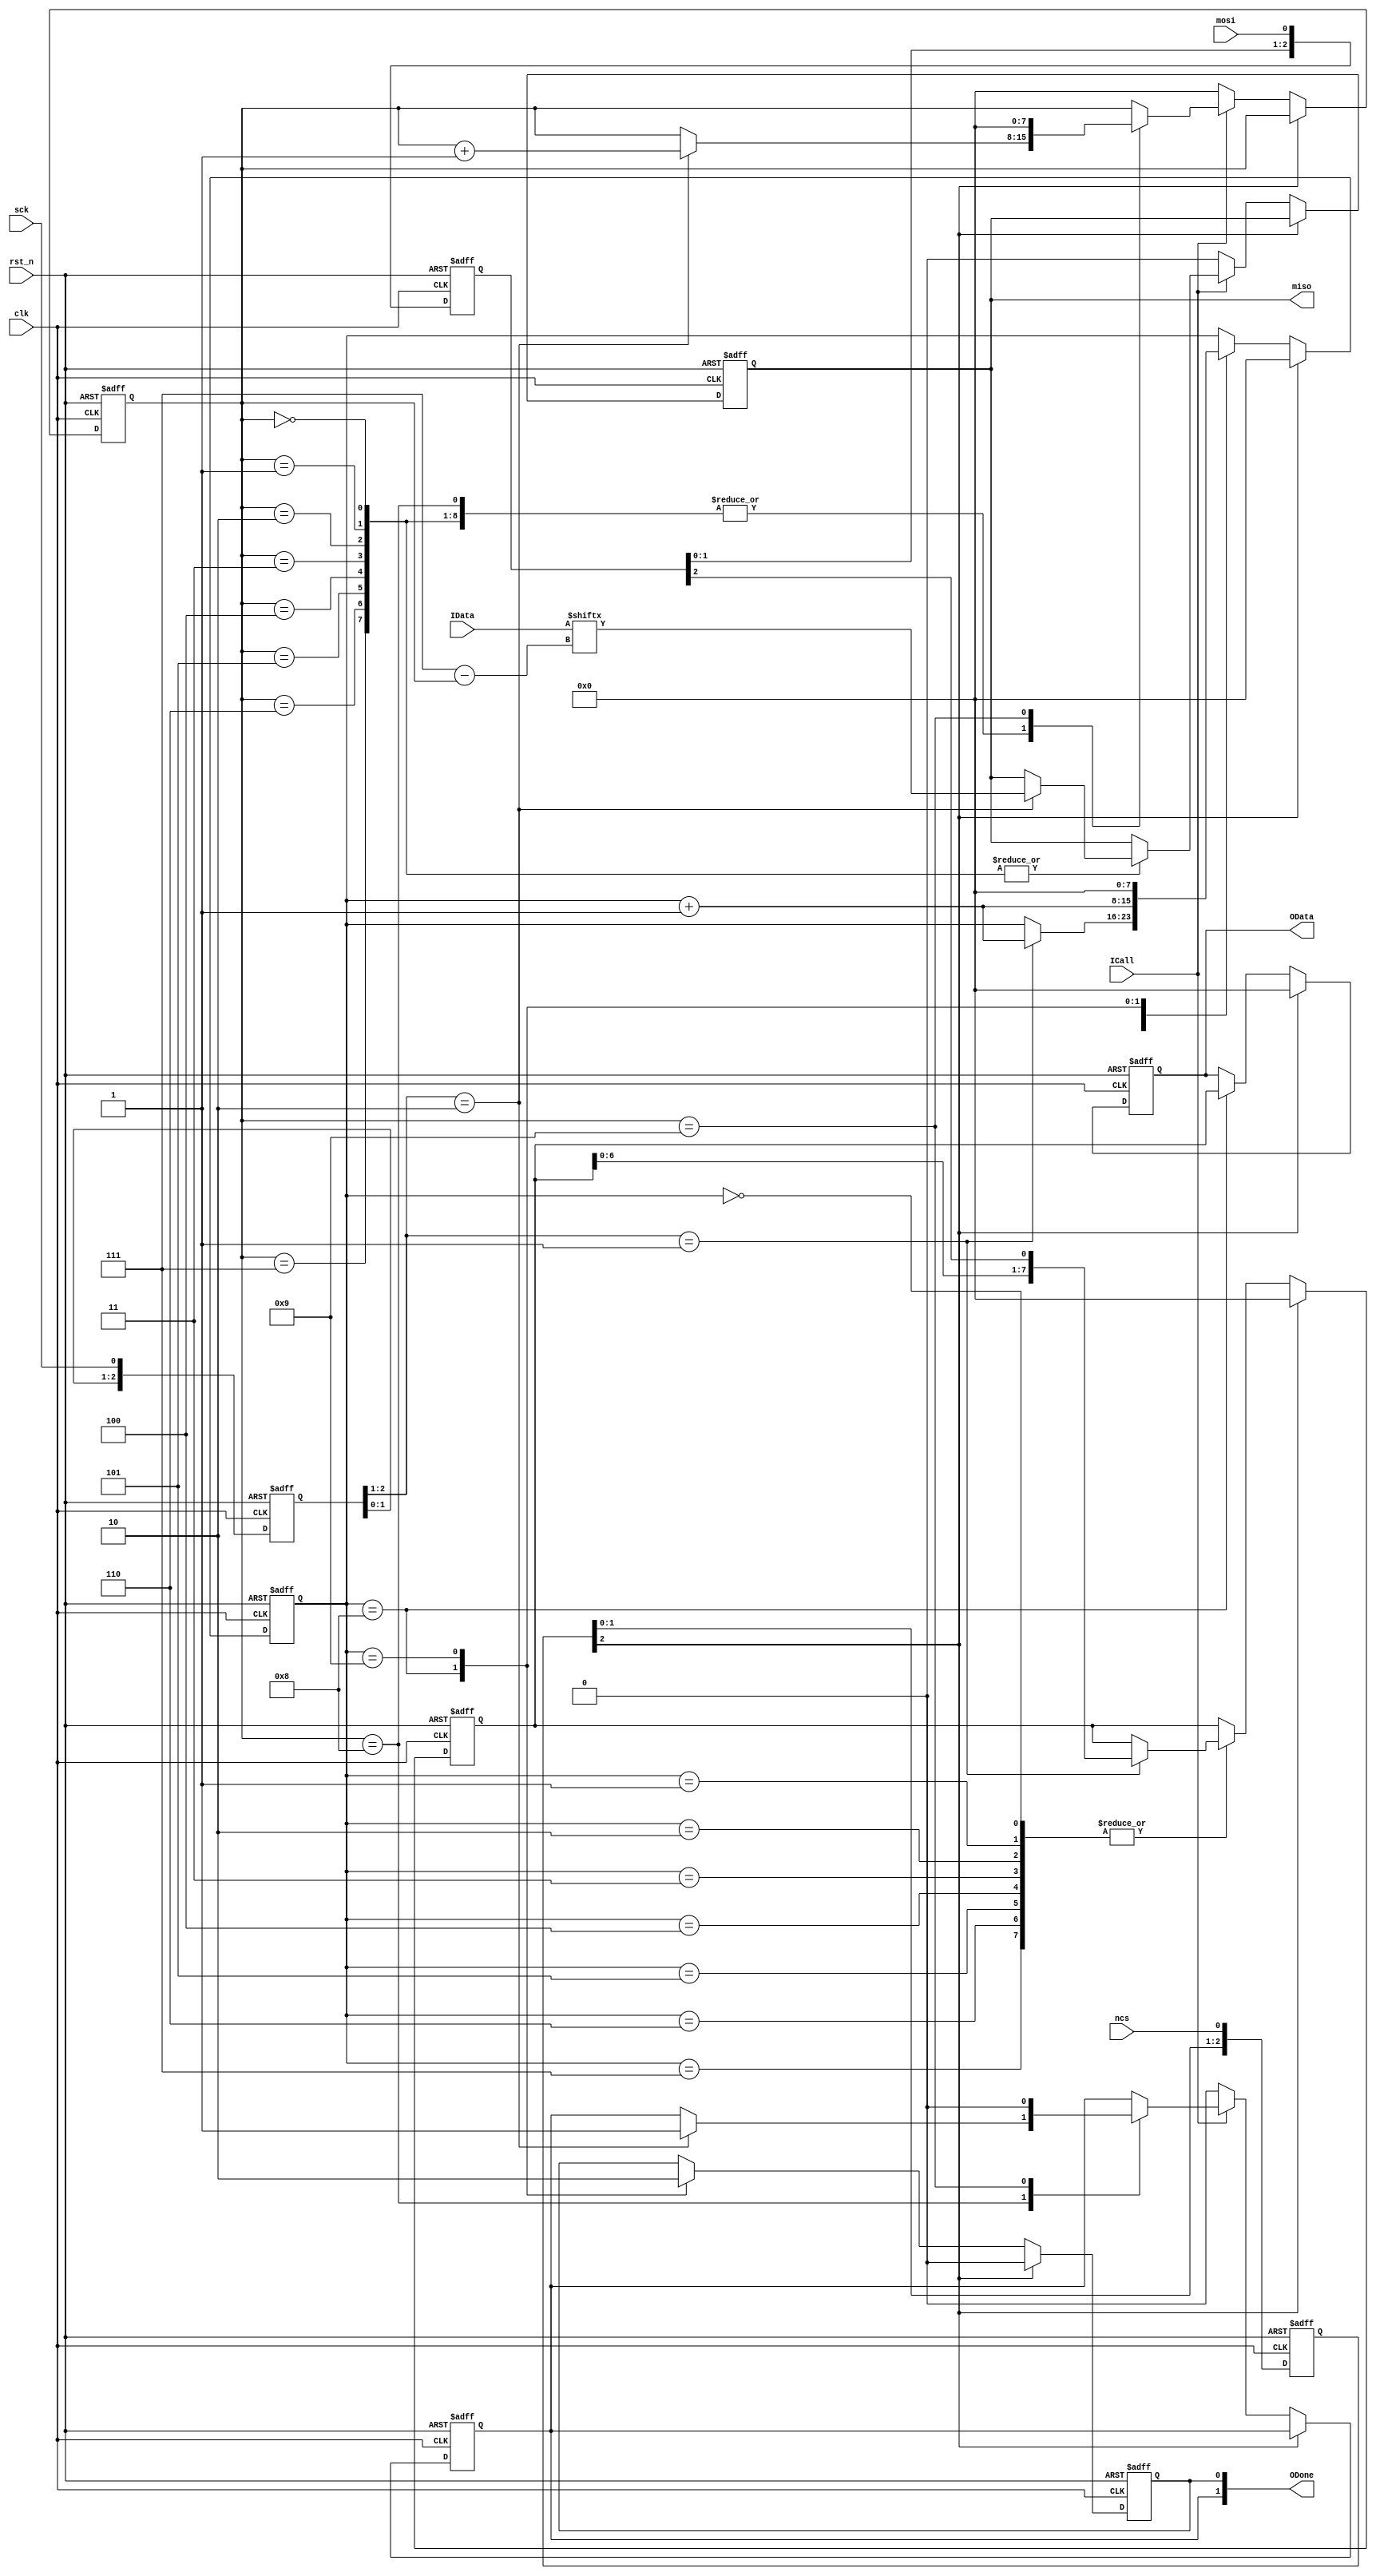
module spi_func_module(
	input clk,
	input rst_n,
	input ICall,//
	input [7:0] IData,//
	output reg [7:0] OData,
	output reg [1:0] ODone,
	//spi
   input ncs, mosi, sck,
   output reg miso
);

//************************
reg [2:0] sck_edge;
always @(posedge clk or negedge rst_n) begin
   if(!rst_n)
		sck_edge <= 3'b000;
   else
		sck_edge <= {sck_edge[1:0], sck};
end

wire sck_riseedge/*synthesis keep*/;
wire sck_falledge/*synthesis keep*/;

assign sck_riseedge = (sck_edge[2:1] == 2'b01);  //SCK01
assign sck_falledge = (sck_edge[2:1] == 2'b10);  //SCK10

//ncs
reg [2:0] ncs_r;
always @(posedge clk or negedge rst_n) begin
   if(!rst_n)
		ncs_r <= 3'b000;
   else
		ncs_r <= {ncs_r[1:0], ncs};
end
wire ncs_t = ncs_r[2];

//mosi
reg [2:0] mosi_r;
always @(posedge clk or negedge rst_n) begin
   if(!rst_n)
		mosi_r <= 3'b000;
   else
		mosi_r <= {mosi_r[1:0], mosi};
end

wire mosi_t = mosi_r[2];
//************************
reg [7:0] rec_status;  //SPI
reg [7:0] byte_received; //
reg [3:0] bit_received_cnt;//

always @(posedge clk or negedge rst_n) begin
   if(!rst_n)
		begin
			rec_status <= 8'd0;
			byte_received <= 8'd0;
			ODone[0] <= 1'b0;
			OData <= 8'd0;
		end
   else
		begin
			if(!ncs_t) //ncs
				begin
					case(rec_status)
						8'd0, 8'd1, 8'd2, 8'd3, 8'd4, 8'd5, 8'd6, 8'd7:
							if(sck_riseedge)
								begin
									byte_received <= {byte_received[6:0], mosi_t};
									rec_status <= rec_status + 1'b1;
								end
						8'd8:
							begin
								OData <= byte_received;
								ODone[0] <= 1'b1;
								rec_status <= rec_status + 1'b1;
							end
						8'd9:
							begin
								ODone[0] <= 1'b0;
								rec_status <= 8'd0;
							end
					endcase
				end
			else
				begin
					rec_status <= 8'd0;
					byte_received <= 8'd0;
					ODone[0] <= 1'b0;
					OData <= 8'd0;			
				end
		end
end

//************************
reg [7:0] send_status;
//reg [7:0] byte_sended;  //
always @(posedge clk or negedge rst_n) begin
   if(!rst_n)
		begin
			send_status <= 8'd0;
			ODone[1] <= 1'b0;
			miso <= 1'b0;
		end
   else if(!ncs_t)
		if(ICall)
			case(send_status)
				8'd0, 8'd1, 8'd2, 8'd3, 8'd4, 8'd5, 8'd6, 8'd7:
					if(sck_falledge)
						begin
							miso <= IData[7 - send_status];//7
							send_status <= send_status + 1'b1;
						end
				8'd8:
					if(sck_falledge)//
						begin
							ODone[1] <= 1'b1;
							send_status <= send_status + 1'b1;
						end
				9'd9:
					begin
						ODone[1] <= 1'b0;
						send_status <= 8'd0;
					end
			endcase
	else
		begin
			send_status <= 8'd0;
			ODone[1] <= 1'b0;
			miso <= 1'b0;
		end
		
end

endmodule